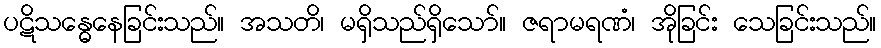
ပဋိသန္ဓေနေခြင်းသည်။ အသတိ၊ မရှိသည်ရှိသော်။ ဇရာမရဏံ၊ အိုခြင်း သေခြင်းသည်။